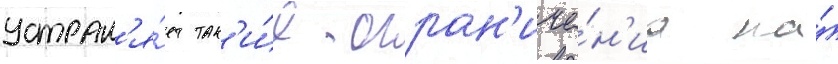
устран'я́ет так'и́е огран'иче́н'иа на́